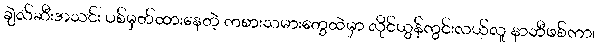
ချဲလ်ဆီးအသင်း ပစ်မှတ်ထားနေတဲ့ ကစားသမားတွေထဲမှာ လိုင်ယွန်ကွင်းလယ်လူ နာဘီဖစ်ကာ၊